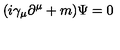
( i \gamma _ { \mu } \partial ^ { \mu } + m ) \Psi = 0